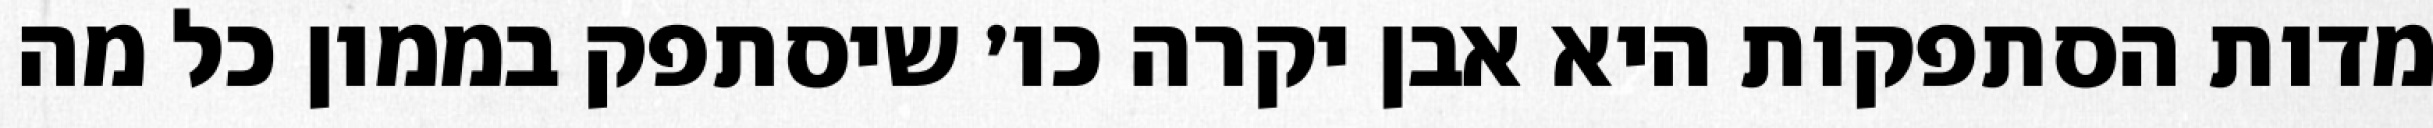
מדות הסתפקות היא אבן יקרה כו׳ שיסתפק בממון כל מה